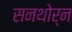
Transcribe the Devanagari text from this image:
सनथोर्न